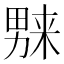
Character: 𱰼